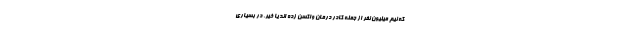
که نیم میلیون نفر از جمله کادر درمان واکسن زده اند یا خیر. در بسیاری